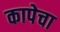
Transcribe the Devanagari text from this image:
कापेचा